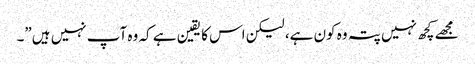
مجھے کچھ نہیں پتہ وہ کون ہے، لیکن اس کا یقین ہے کہ وہ آپ نہیں ہیں”۔